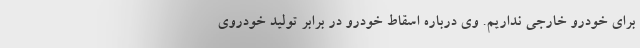
برای خودرو خارجی نداریم. وی درباره اسقاط خودرو در برابر تولید خودروی